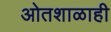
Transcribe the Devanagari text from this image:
ओतशाळाही